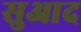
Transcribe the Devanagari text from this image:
सुआद